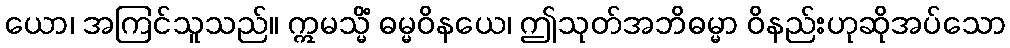
ယော၊ အကြင်သူသည်။ ဣမသ္မိံ ဓမ္မဝိနယေ၊ ဤသုတ်အဘိဓမ္မာ ဝိနည်းဟုဆိုအပ်သော